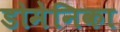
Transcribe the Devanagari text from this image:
डोमेनिका